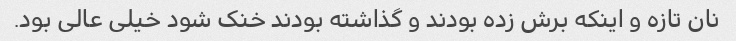
نان تازه و اینکه برش زده بودند و گذاشته بودند خنک شود خیلی عالی بود.